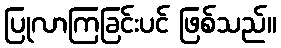
ပြုလာကြခြင်းပင် ဖြစ်သည်။